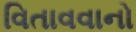
વિતાવવાનો